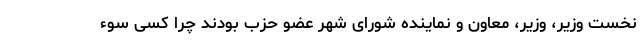
نخست وزیر، وزیر، معاون و نماینده شورای شهر عضو حزب بودند چرا کسی سوء